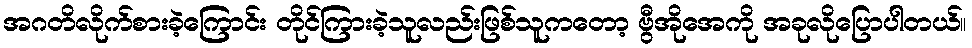
အဂတိလိုက်စားခဲ့ကြောင်း တိုင်ကြားခဲ့သူလည်းဖြစ်သူကတော့ ဗွီအိုအေကို အခုလိုပြောပါတယ်။